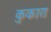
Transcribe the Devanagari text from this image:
कुकारा